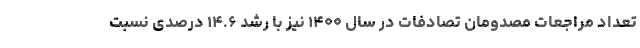
تعداد مراجعات مصدومان تصادفات در سال ۱۴۰۰ نیز با رشد ۱۴.۶ درصدی نسبت